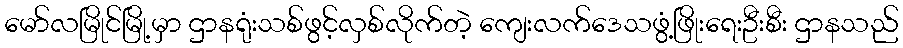
မော်လမြိုင်မြို့မှာ ဌာနရုံးသစ်ဖွင့်လှစ်လိုက်တဲ့ ကျေးလက်ဒေသဖွံ့ဖြိုးရေးဦးစီး ဌာနသည်